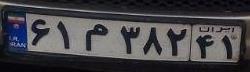
۶۱م۳۸۲۴۱